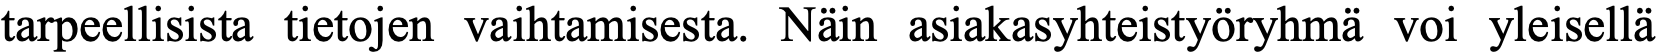
tarpeellisista tietojen vaihtamisesta. Näin asiakasyhteistyöryhmä voi yleisellä